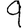
Digit: 9